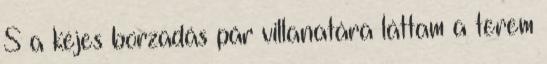
S a kéjes borzadás pár villanatára láttam a terem